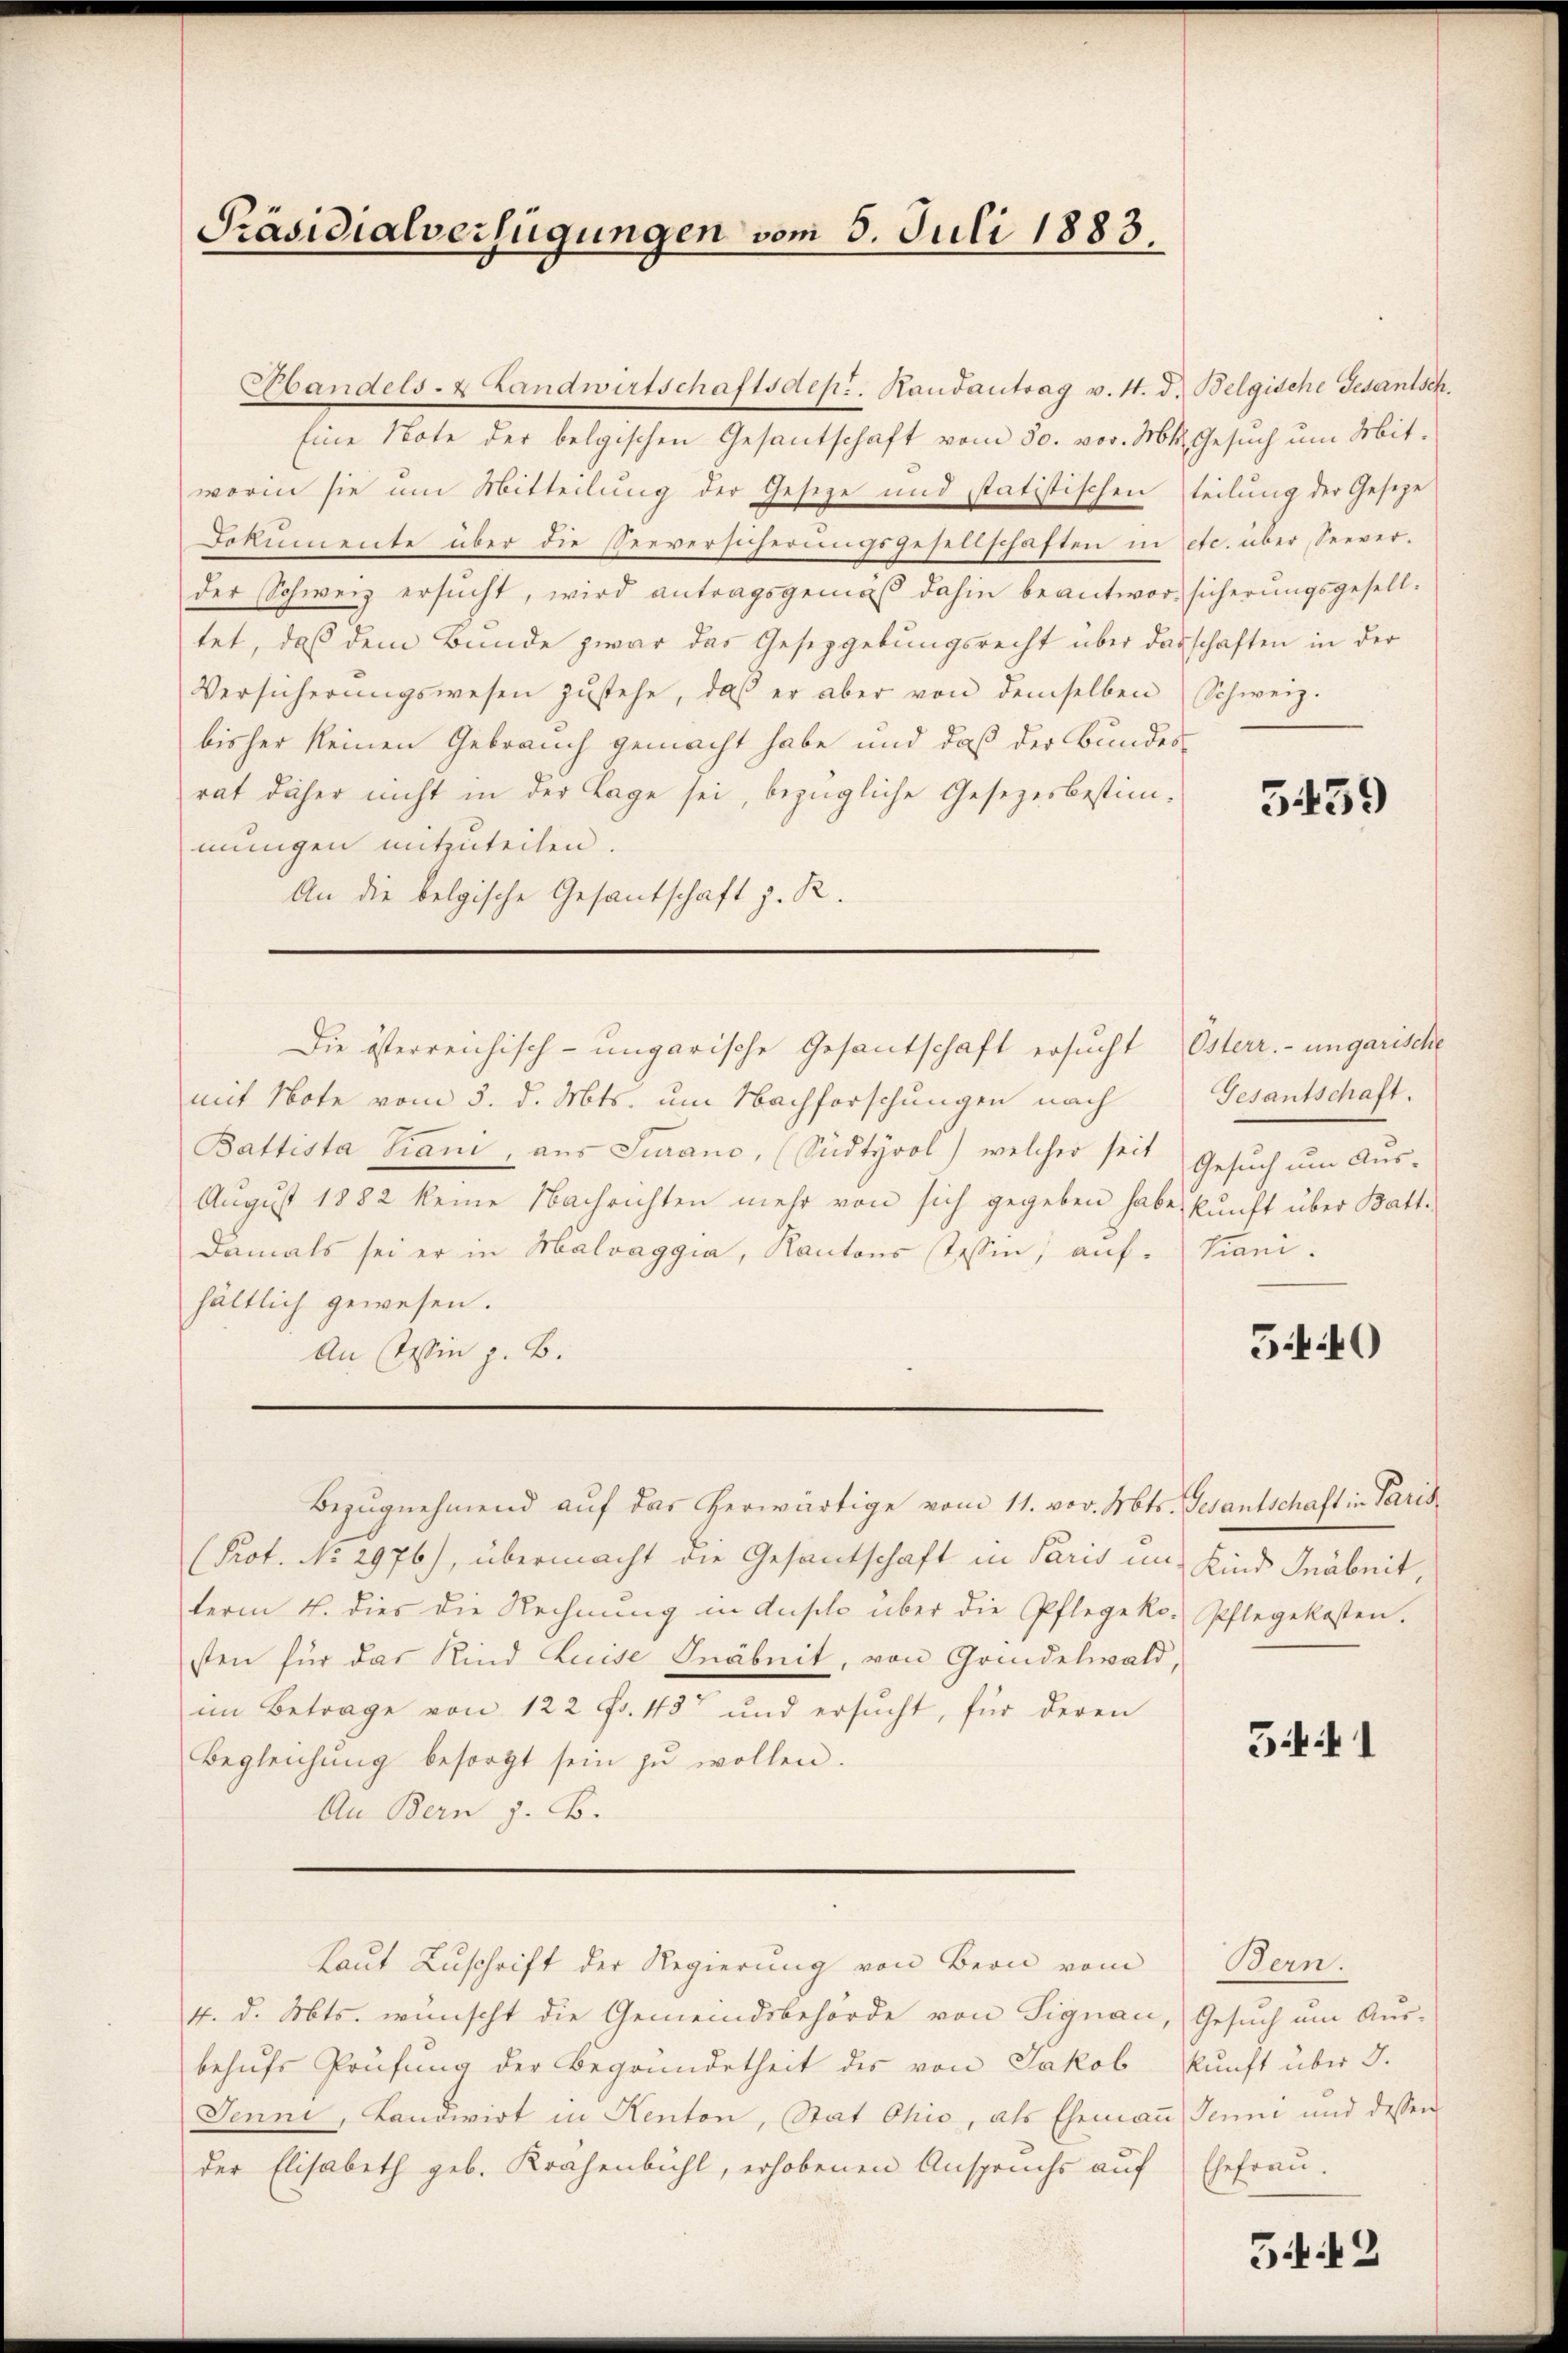
Präsidialverfügungen vom 5. Juli 1883.

Handels- & Landwirtschaftsdept. Randantrag v. 4. d. Belgische Gesantsch.
Eine Note der belgischen Gesantschaft vom 30. vor. Mts. Gesuch um Mitworin sie um Mitteilung der Geseze und statistischen teilung der Geseze
Dokumente über die Seeversicherungsgesellschaften in etc. über Seeverder Schweiz ersucht, wird antragsgemäß dahin beantwort sicherungsgeselltet, daß dem Bunde zwar das Gesetzgebungsrecht über dasschaften in der
Versicherŭngswesen zŭstehe, daβ er aber von demselben Schweiz.
bisher keinen Gebrauch gemacht habe und daß der Bundes-
rat daher nicht in der Lage sei, bezügliche Gesezesbestimmungen mitzuteilen.
An die belgische Gesantschaft z. R.
Die österreichisch-ungarische Gesantschaft ersucht Österr. ungarische
mit Note vom 3. d. Mts. um Nachforschungen nach Gesantschaft.
Battista Piani, aus Jurano, (Sudtyool) welcher seit Gesuch um Aus¬
Aŭgŭst 1882 keine Nachrichten mehr von sich gegeben habe, kunft über Batt-
Damals sei er in Malvaggia, Kantons Tessin, auf Viani-
hältlich gewesen.
An Wie z. B.

Bezŭgnehmend auf das herwärtige vom 11. vor. Mts. Gesantschaft in Paris
(Prot. No. 2976), übermacht die Gesantschaft in Paris un-
term 4. dies die Rechnung in duplo über die Pflege kosten für das Kind Luise Gnäbnit, von Grindelwald,
im Betrage von 122 fr. 43 und ersucht, für deren
Begleichŭng besorgt sein zŭ wollen.
An Bern z. B.
Laut Zuschrift der Regierung von Bern vom
4. d. Mts. wünscht die Gemeindsbehörde von Signau, Gesuch um Aus-
behŭfs Prüfung der Begründetheit des von Jakob kunft über 3.
Jenni, Landwirt in Kenton, Stat Ohio, als Ehemann Jenne und dessen
der Elisabeth geb. Krähenbühl, erhobenen Anspruchs auf

5439

5.40

Kind Gräbnit
Pflegekosten.

541

Bern.
Ehefrau.

542